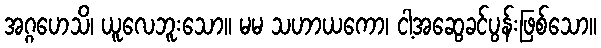
အဂ္ဂဟေသိ၊ ယူလေဘူးသော။ မမ သဟာယကော၊ ငါ့အဆွေခင်ပွန်းဖြစ်သော။